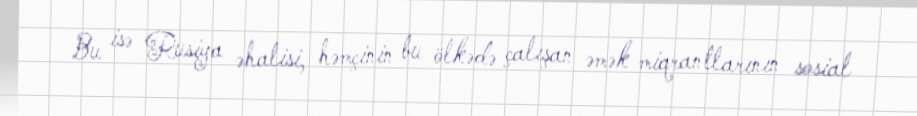
Bu isə Rusiya əhalisi, həmçinin bu ölkədə çalışan əmək miqrantlarının sosial